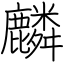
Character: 麟